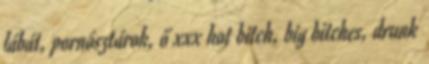
lábát, pornósztárok, ő xxx hot bitch, big bitches, drunk